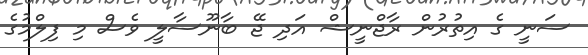
ސަނީ ގެ އިތުރުން ރާޖްނީޝް އަދި ޖޭ ބާނޫސާލީ ވެސް މި ފިލްމުގެ